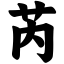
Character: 芮